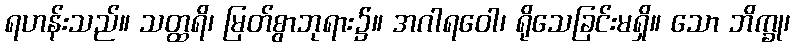
ရဟန်းသည်။ သတ္ထရိ၊ မြတ်စွာဘုရား၌။ အဂါရဝေါ၊ ရိုသေခြင်းမရှိ။ သော ဘိက္ခု၊